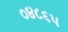
૦૪૮૬૫